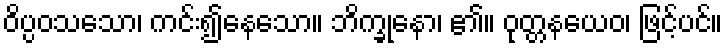
ဝိပ္ပဝသသော၊ ကင်း၍နေသော။ ဘိက္ခုနော၊ ၏။ ဝုတ္တနယေဝ၊ ဖြင့်ပင်။